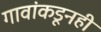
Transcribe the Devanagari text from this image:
गावांकडूनही